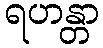
ရဟန္တာ